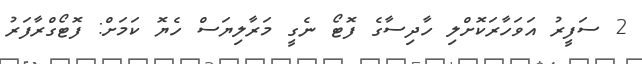
2 ސަފީރު އަވަހާރަކޮށްލި ހާދިސާގެ ފޮޓޯ ނެގީ މަރާލިޔަސް ހެޔޮ ކަމަށް: ފޮޓޯގްރާފަރު